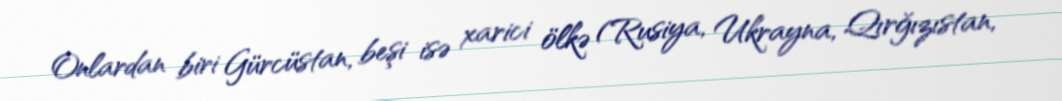
Onlardan biri Gürcüstan, beşi isə xarici ölkə (Rusiya, Ukrayna, Qırğızıstan,